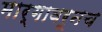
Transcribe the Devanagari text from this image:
मार्गावरूनच